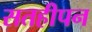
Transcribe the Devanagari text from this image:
सतहीपन